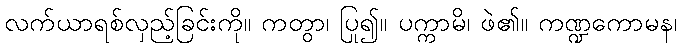
လက်ယာရစ်လှည့်ခြင်းကို။ ကတွာ၊ ပြု၍။ ပက္ကာမိ၊ ဖဲ၏။ ကဏ္ဍကောမန၊